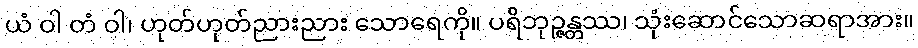
ယံ ဝါ တံ ဝါ၊ ဟုတ်ဟုတ်ညားညား သောရေကို။ ပရိဘုဉ္ဇန္တဿ၊ သုံးဆောင်သောဆရာအား။